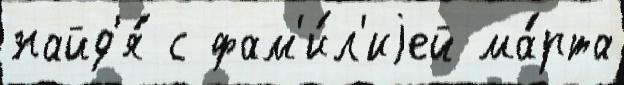
найд'я́ с фам'и́л'иjей ма́рта